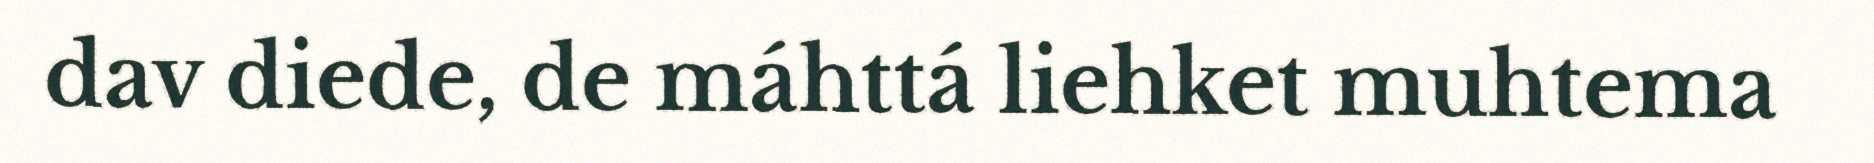
dav diede, de máhttá liehket muhtema